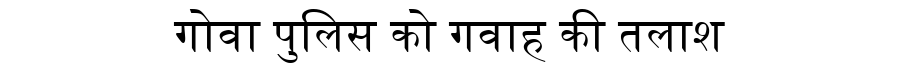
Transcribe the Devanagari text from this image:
गोवा पुलिस को गवाह की तलाश